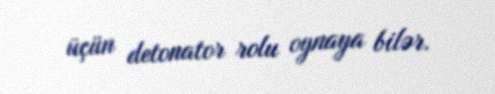
üçün detonator rolu oynaya bilər.